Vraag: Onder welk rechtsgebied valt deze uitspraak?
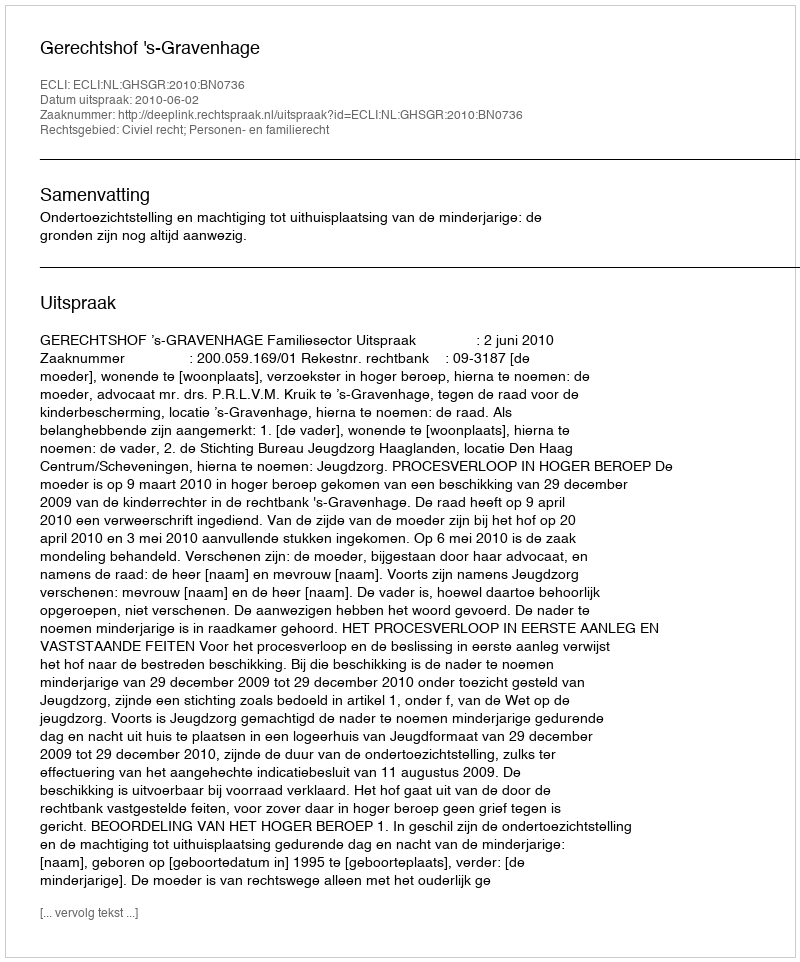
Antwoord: Civiel recht; Personen- en familierecht